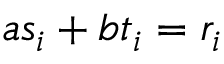
a s _ { i } + b t _ { i } = r _ { i }